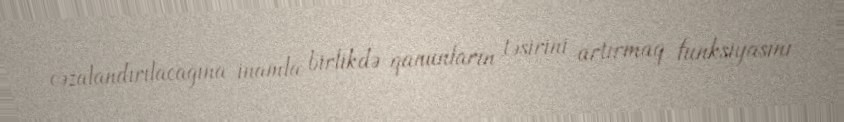
cəzalandırılacağına inamla birlikdə qanunların təsirini artırmaq funksiyasını